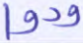
ودوا